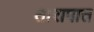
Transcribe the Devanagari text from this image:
तारापात